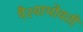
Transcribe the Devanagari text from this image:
पैश्याभोवती